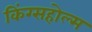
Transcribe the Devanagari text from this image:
किंग्सहोल्म